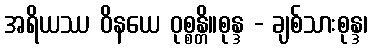
အရိယဿ ဝိနယေ ဝုစ္စန္တိ။စုန္ဒ - ချစ်သားစုန္ဒ၊